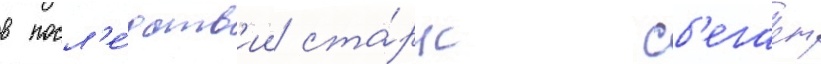
в посл'е́дств'ии ста́рк сб'егает